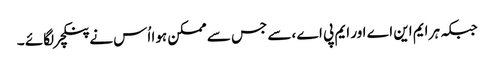
جبکہ ہر ایم این اے اور ایم پی اے ،سے جس سے ممکن ہوا اُس نے پنکچر لگائے ۔